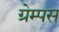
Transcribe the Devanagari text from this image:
ग्रेम्पस